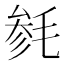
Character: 毵